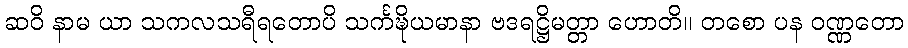
ဆဝိ နာမ ယာ သကလသရီရတောပိ သင်္ကဍ္ဎိယမာနာ ဗဒရဋ္ဌိမတ္တာ ဟောတိ။ တစော ပန ဝဏ္ဏတော